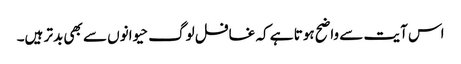
اس آیت سے واضح ہوتا ہے کہ غافل لوگ حیوانوں سے بھی بدتر ہیں۔